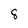
Character: 8